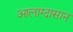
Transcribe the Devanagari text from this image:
आलाग्दासान